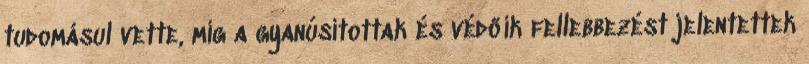
tudomásul vette, míg a gyanúsítottak és védőik fellebbezést jelentettek